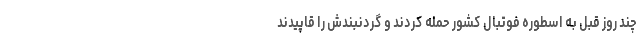
چند روز قبل به اسطوره فوتبال کشور حمله کردند و گردنبندش را قاپیدند